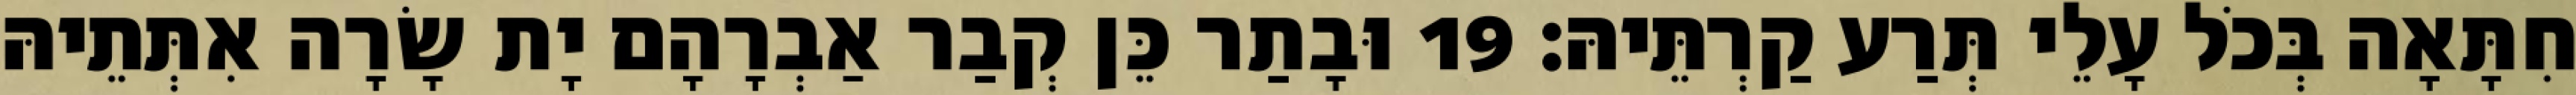
חִתָּאָה בְּכֹל עָלֵי תְּרַע קַרְתֵּיהּ׃ 19 וּבָתַר כֵּן קְבַר אַבְרָהָם יָת שָׂרָה אִתְּתֵיהּ